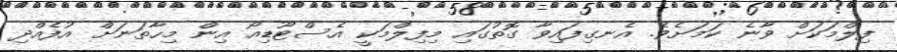
ފިލްމަކަށް ވާނެ ކަމަށެވެ. އެނގިފައިވާ ގޮތުގައި މިފިލްމަކީ އެސްޓޫޑިއޯ އިން މިހާތަނަށް އުފެއްދި